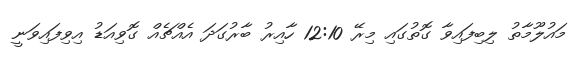
މައުލޫމާތު ލިބިފައިވާ ގޮތުގައި މިރޭ 12:10 ހާއިރު ބާރުގަދަ އެއްޗެއް ގޮވިއަޑު އިވިފައިވަނީ